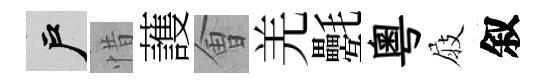
户惜䕶㑹羌氎粤屐叙